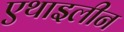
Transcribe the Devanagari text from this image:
एथाइलीन